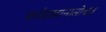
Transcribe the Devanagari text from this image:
फतेहखानासोबत